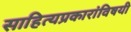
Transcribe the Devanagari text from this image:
साहित्यप्रकारांविषयी